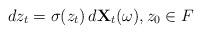
LaTeX: \begin{align*} dz_t &= \sigma(z_t)\, d\mathbf{X}_t(\omega), z_0\in F\end{align*}